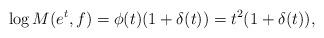
LaTeX: \begin{align*}\log M(e^t,f)= \phi(t)(1+ \delta(t))= t^2(1+ \delta(t)),\end{align*}